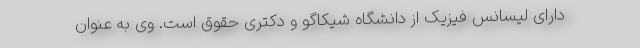
دارای لیسانس فیزیک از دانشگاه شیکاگو و دکتری حقوق است. وی به عنوان